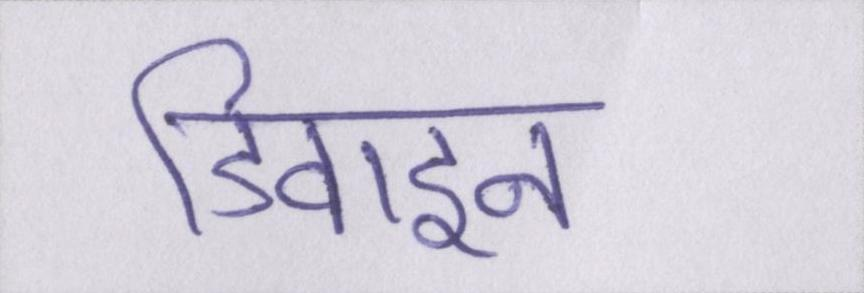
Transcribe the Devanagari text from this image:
डिवाइन